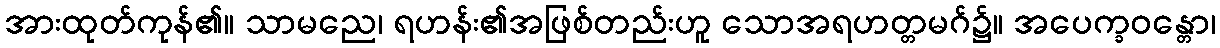
အားထုတ်ကုန်၏။ သာမညေ၊ ရဟန်း၏အဖြစ်တည်းဟူ သောအရဟတ္တမဂ်၌။ အပေက္ခဝန္တော၊